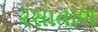
રસાતાળ